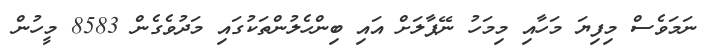
ނަމަވެސް މިފިޔަ މަހާއި މިމަހު ނޭޕާލަށް އައި ބިންހެލުންތަކުގައި މަދުވެެގެން 8583 މީހުން